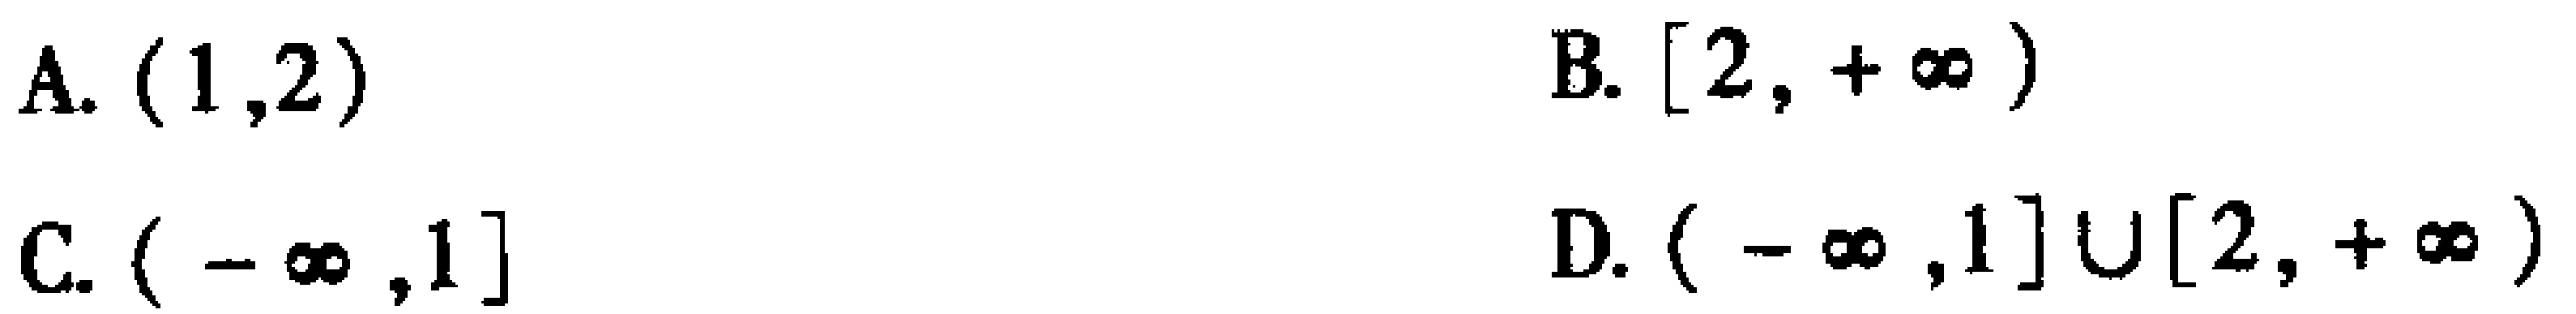
A. \((1,2)\)

B. \([2,+\infty)\)

C. \((-\infty,1]\)

D. \((-\infty,1]\cup[2,+\infty)\)